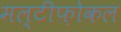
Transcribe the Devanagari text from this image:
मल्टीफ़ोकल